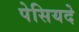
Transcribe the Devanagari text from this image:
पेसियदे